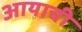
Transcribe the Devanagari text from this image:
आयाची